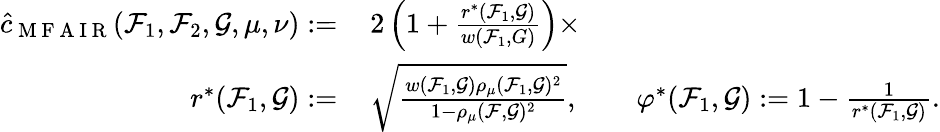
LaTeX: \begin{array}{rl}{\hat{c}_{\mathrm{~M~F~A~I~R~}}(\mathcal{F}_{1},\mathcal{F}_{2},\mathcal{G},\mu,\nu):=}&{{}\, 2\left(1+\frac{r^{\ast}(\mathcal{F}_{1},\mathcal{G})}{w(\mathcal{F}_{1},G)}\right)\times}\\ {r^{\ast}(\mathcal{F}_{1},\mathcal{G}):=}&{{}\, \sqrt{\frac{w(\mathcal{F}_{1},\mathcal{G})\rho_{\mu}(\mathcal{F}_{1},\mathcal{G})^{2}}{1-\rho_{\mu}(\mathcal{F},\mathcal{G})^{2}}},\qquad\varphi^{\ast}(\mathcal{F}_{1},\mathcal{G}):=1-\frac{1}{r^{\ast}(\mathcal{F}_{1},\mathcal{G})}.}\end{array}